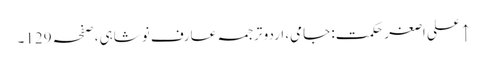
↑ علی اصغر حکمت: جامی، اردو ترجمہ عارف نوشاہی، صفحہ 129۔